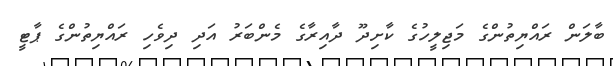
ބާލަން ރައްޔިތުންގެ މަޖިލީހުގެ ކާށިދޫ ދާއިރާގެ މެންބަރު އަދި ދިވެހި ރައްޔިތުންގެ ޕާޓީ